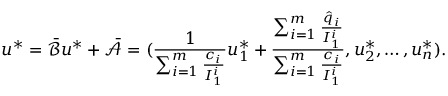
u ^ { * } = \bar { \mathcal { B } } u ^ { * } + \bar { \mathcal { A } } = ( \frac { 1 } { \sum _ { i = 1 } ^ { m } \frac { c _ { i } } { I _ { 1 } ^ { i } } } u _ { 1 } ^ { * } + \frac { \sum _ { i = 1 } ^ { m } \frac { \hat { q } _ { i } } { I _ { 1 } ^ { i } } } { \sum _ { i = 1 } ^ { m } \frac { c _ { i } } { I _ { 1 } ^ { i } } } , u _ { 2 } ^ { * } , \ldots , u _ { n } ^ { * } ) .